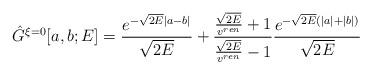
LaTeX: \begin{align*}\hat{G}^{\xi = 0}[a, b; E] = \frac{e^{-\sqrt{2E} |a - b|}}{\sqrt{2E}}+ \frac{\frac{\sqrt{2E}}{v^{ren}} + 1} {\frac{\sqrt{2E}}{v^{ren}} - 1}\frac{e^{-\sqrt{2E}(|a| + |b|)}}{\sqrt{2E}}\end{align*}